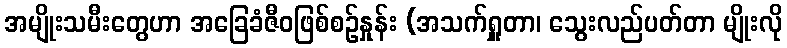
အမျိုးသမီးတွေဟာ အခြေခံဇီဝဖြစ်စဉ်နှုန်း (အသက်ရှူတာ၊ သွေးလည်ပတ်တာ မျိုးလို